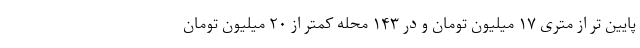
پایین تر از متری ۱۷ میلیون تومان و در ۱۴۳ محله کمتر از ۲۰ میلیون تومان